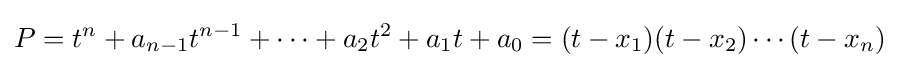
P=t^{n}+a_{n-1}t^{n-1}+\cdots +a_{2}t^{2}+a_{1}t+a_{0}=(t-x_{1})(t-x_{2})\cdots (t-x_{n})